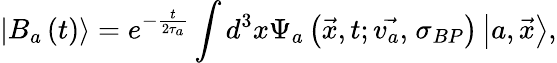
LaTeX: \left|B_{a}\left(t\right)\right\rangle=e^{-\frac t{2\tau_{a}}}\int d^{3}x\Psi_{a}\left(\stackrel{\rightarrow}{x},t;\stackrel{\rightarrow}{v_{a},}\sigma_{BP}\right)\left|a,\stackrel{\rightarrow}{x}\right\rangle,